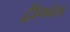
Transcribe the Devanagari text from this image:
द्वीपवंश